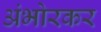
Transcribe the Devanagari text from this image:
अंभोरकर